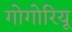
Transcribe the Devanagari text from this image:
गोगोरियू